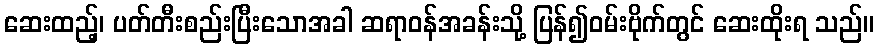
ဆေးထည့်၊ ပတ်တီးစည်းပြီးသောအခါ ဆရာဝန်အခန်းသို့ ပြန်၍ဝမ်းဗိုက်တွင် ဆေးထိုးရ သည်။